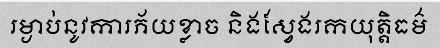
រម្ងាប់នូវការភ័យខ្លាច និងស្វែងរកយុត្តិធម៌